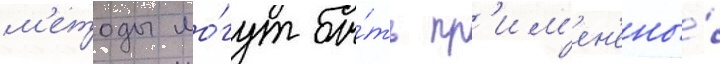
м'етоды мо́гут бы́ть пр'им'ен'ены́